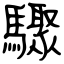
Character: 驟